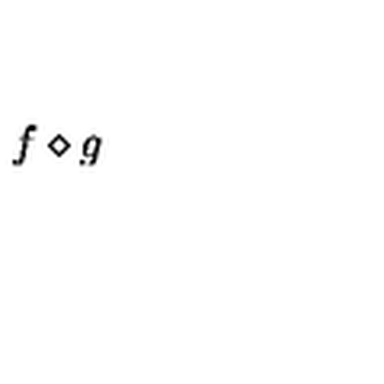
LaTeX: f \diamond g